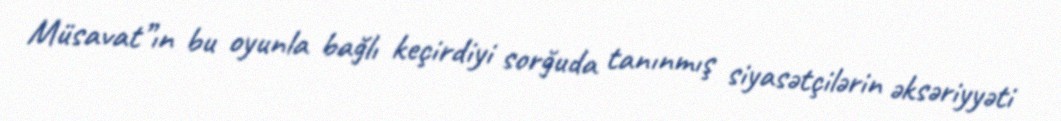
Müsavat”ın bu oyunla bağlı keçirdiyi sorğuda tanınmış siyasətçilərin əksəriyyəti